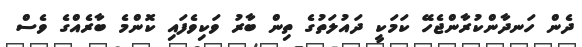
ދެން ހަނދާންކުރާންޖެހޭ ކަމަކީ ދައުލަތުގެ ތިން ބާރު ވަކިވެފައި ކޮންމެ ބާރެއްގެ ވެސް